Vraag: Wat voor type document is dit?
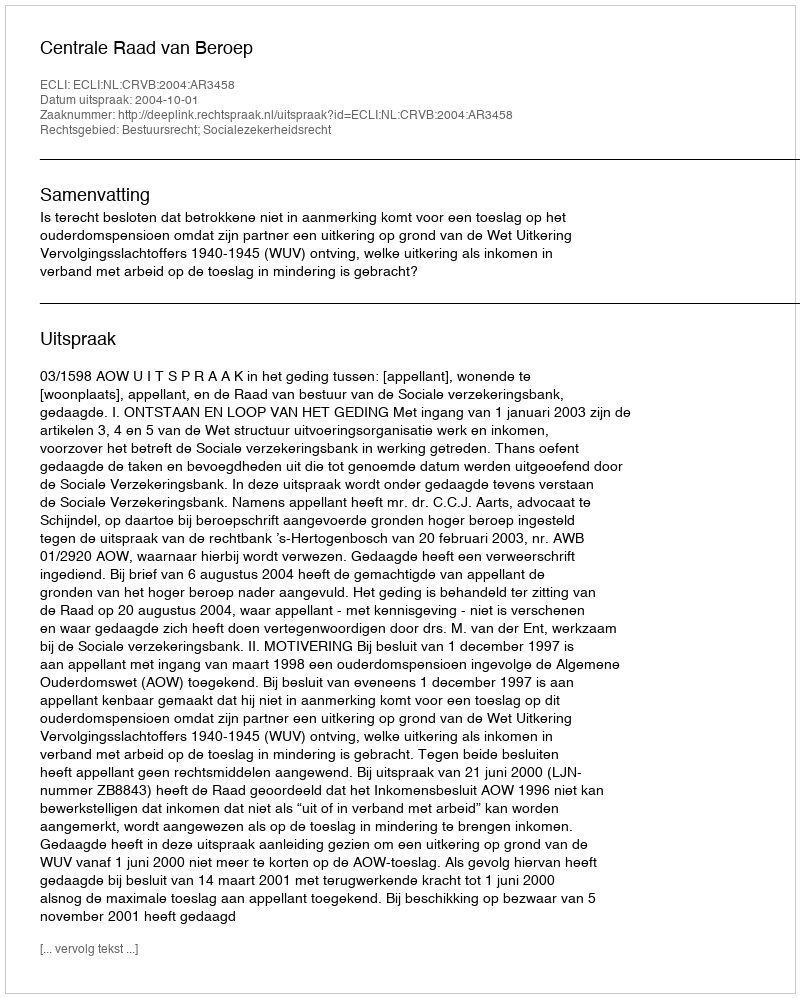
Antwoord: Uitspraak